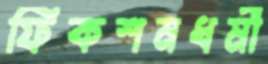
ফিকশনধর্মী